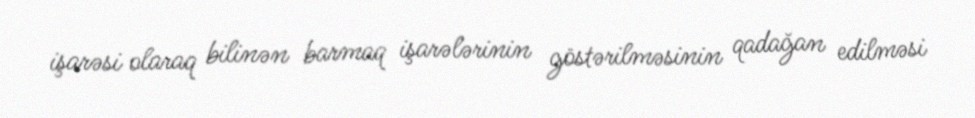
işarəsi olaraq bilinən barmaq işarələrinin göstərilməsinin qadağan edilməsi